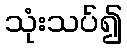
သုံးသပ်၍